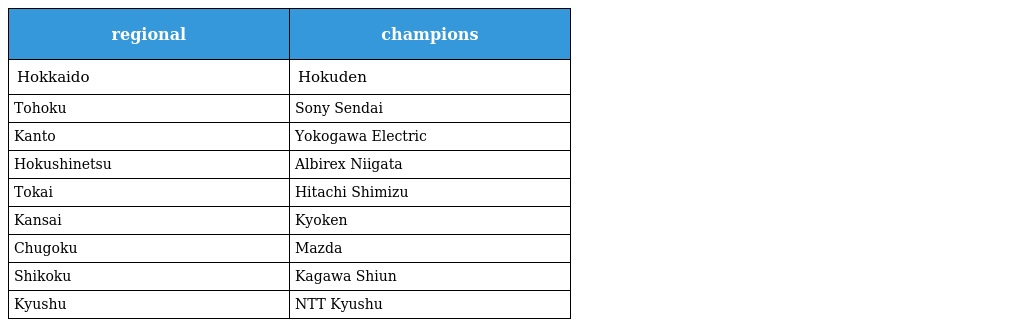
| regional | champions |
 | --- | --- |
 | Hokkaido | Hokuden |
 | Tohoku | Sony Sendai |
 | Kanto | Yokogawa Electric |
 | Hokushinetsu | Albirex Niigata |
 | Tokai | Hitachi Shimizu |
 | Kansai | Kyoken |
 | Chugoku | Mazda |
 | Shikoku | Kagawa Shiun |
 | Kyushu | NTT Kyushu |